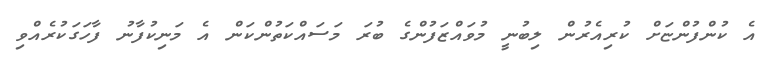
އެ ކުންފުންޏަށް ކުރިއެރުން ލިބުނީ މުވައްޒަފުންގެ ބުރަ މަސައްކަތުންކަން އެ މަނިކުފާނު ފާހަގަކުރެއްވި